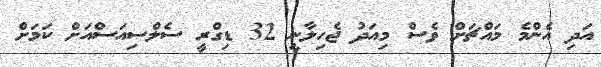
އަދި އެންމެ މައްޗަށް ވެސް މިއަދު ޖެހިލާނީ 32 ޑިގްރީ ސެލްސިއަސްއަށް ކަމަށް